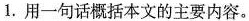
1.用一句话概括本文的主要内容。